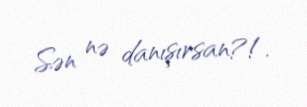
Sən nə danışırsan?!.